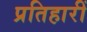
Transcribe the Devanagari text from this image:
प्रतिहारीं